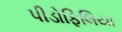
પીડોફિલિયા